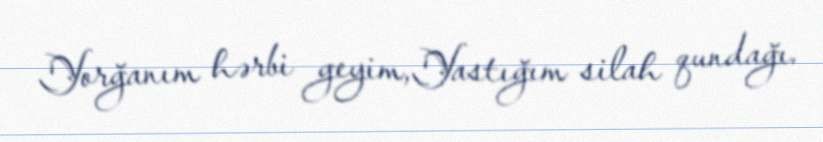
Yorğanım hərbi geyim,Yastığım silah qundağı.